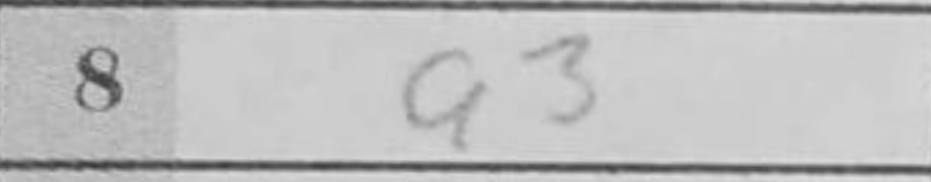
Transcription: a3